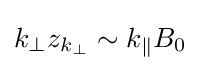
k_{\perp }z_{k_{\perp }}\sim k_{\parallel }B_{0}